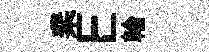
棐E輪